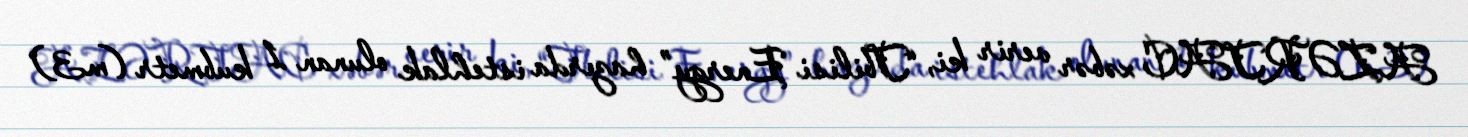
AZƏRTAC xəbər verir ki, “Tbilisi Energy” hazırda istehlak olunan 1 kubmetr (m3)